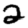
Digit: 2